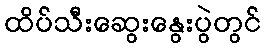
ထိပ်သီးဆွေးနွေးပွဲတွင်